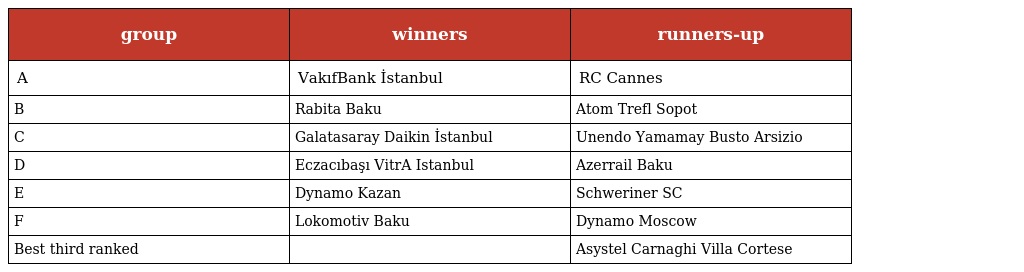
| group | winners | runners-up |
 | --- | --- | --- |
 | A | VakıfBank İstanbul | RC Cannes |
 | B | Rabita Baku | Atom Trefl Sopot |
 | C | Galatasaray Daikin İstanbul | Unendo Yamamay Busto Arsizio |
 | D | Eczacıbaşı VitrA Istanbul | Azerrail Baku |
 | E | Dynamo Kazan | Schweriner SC |
 | F | Lokomotiv Baku | Dynamo Moscow |
 | Best third ranked |  | Asystel Carnaghi Villa Cortese |